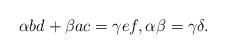
LaTeX: \begin{align*} \alpha bd+\beta ac=\gamma ef,\alpha\beta=\gamma\delta.\end{align*}